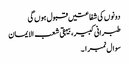
دونوں کی شفاعتیں قبول ہوں گی
طبرانی کبیر، بیہقی شعب الایمان
سوال نمبر ۱۔